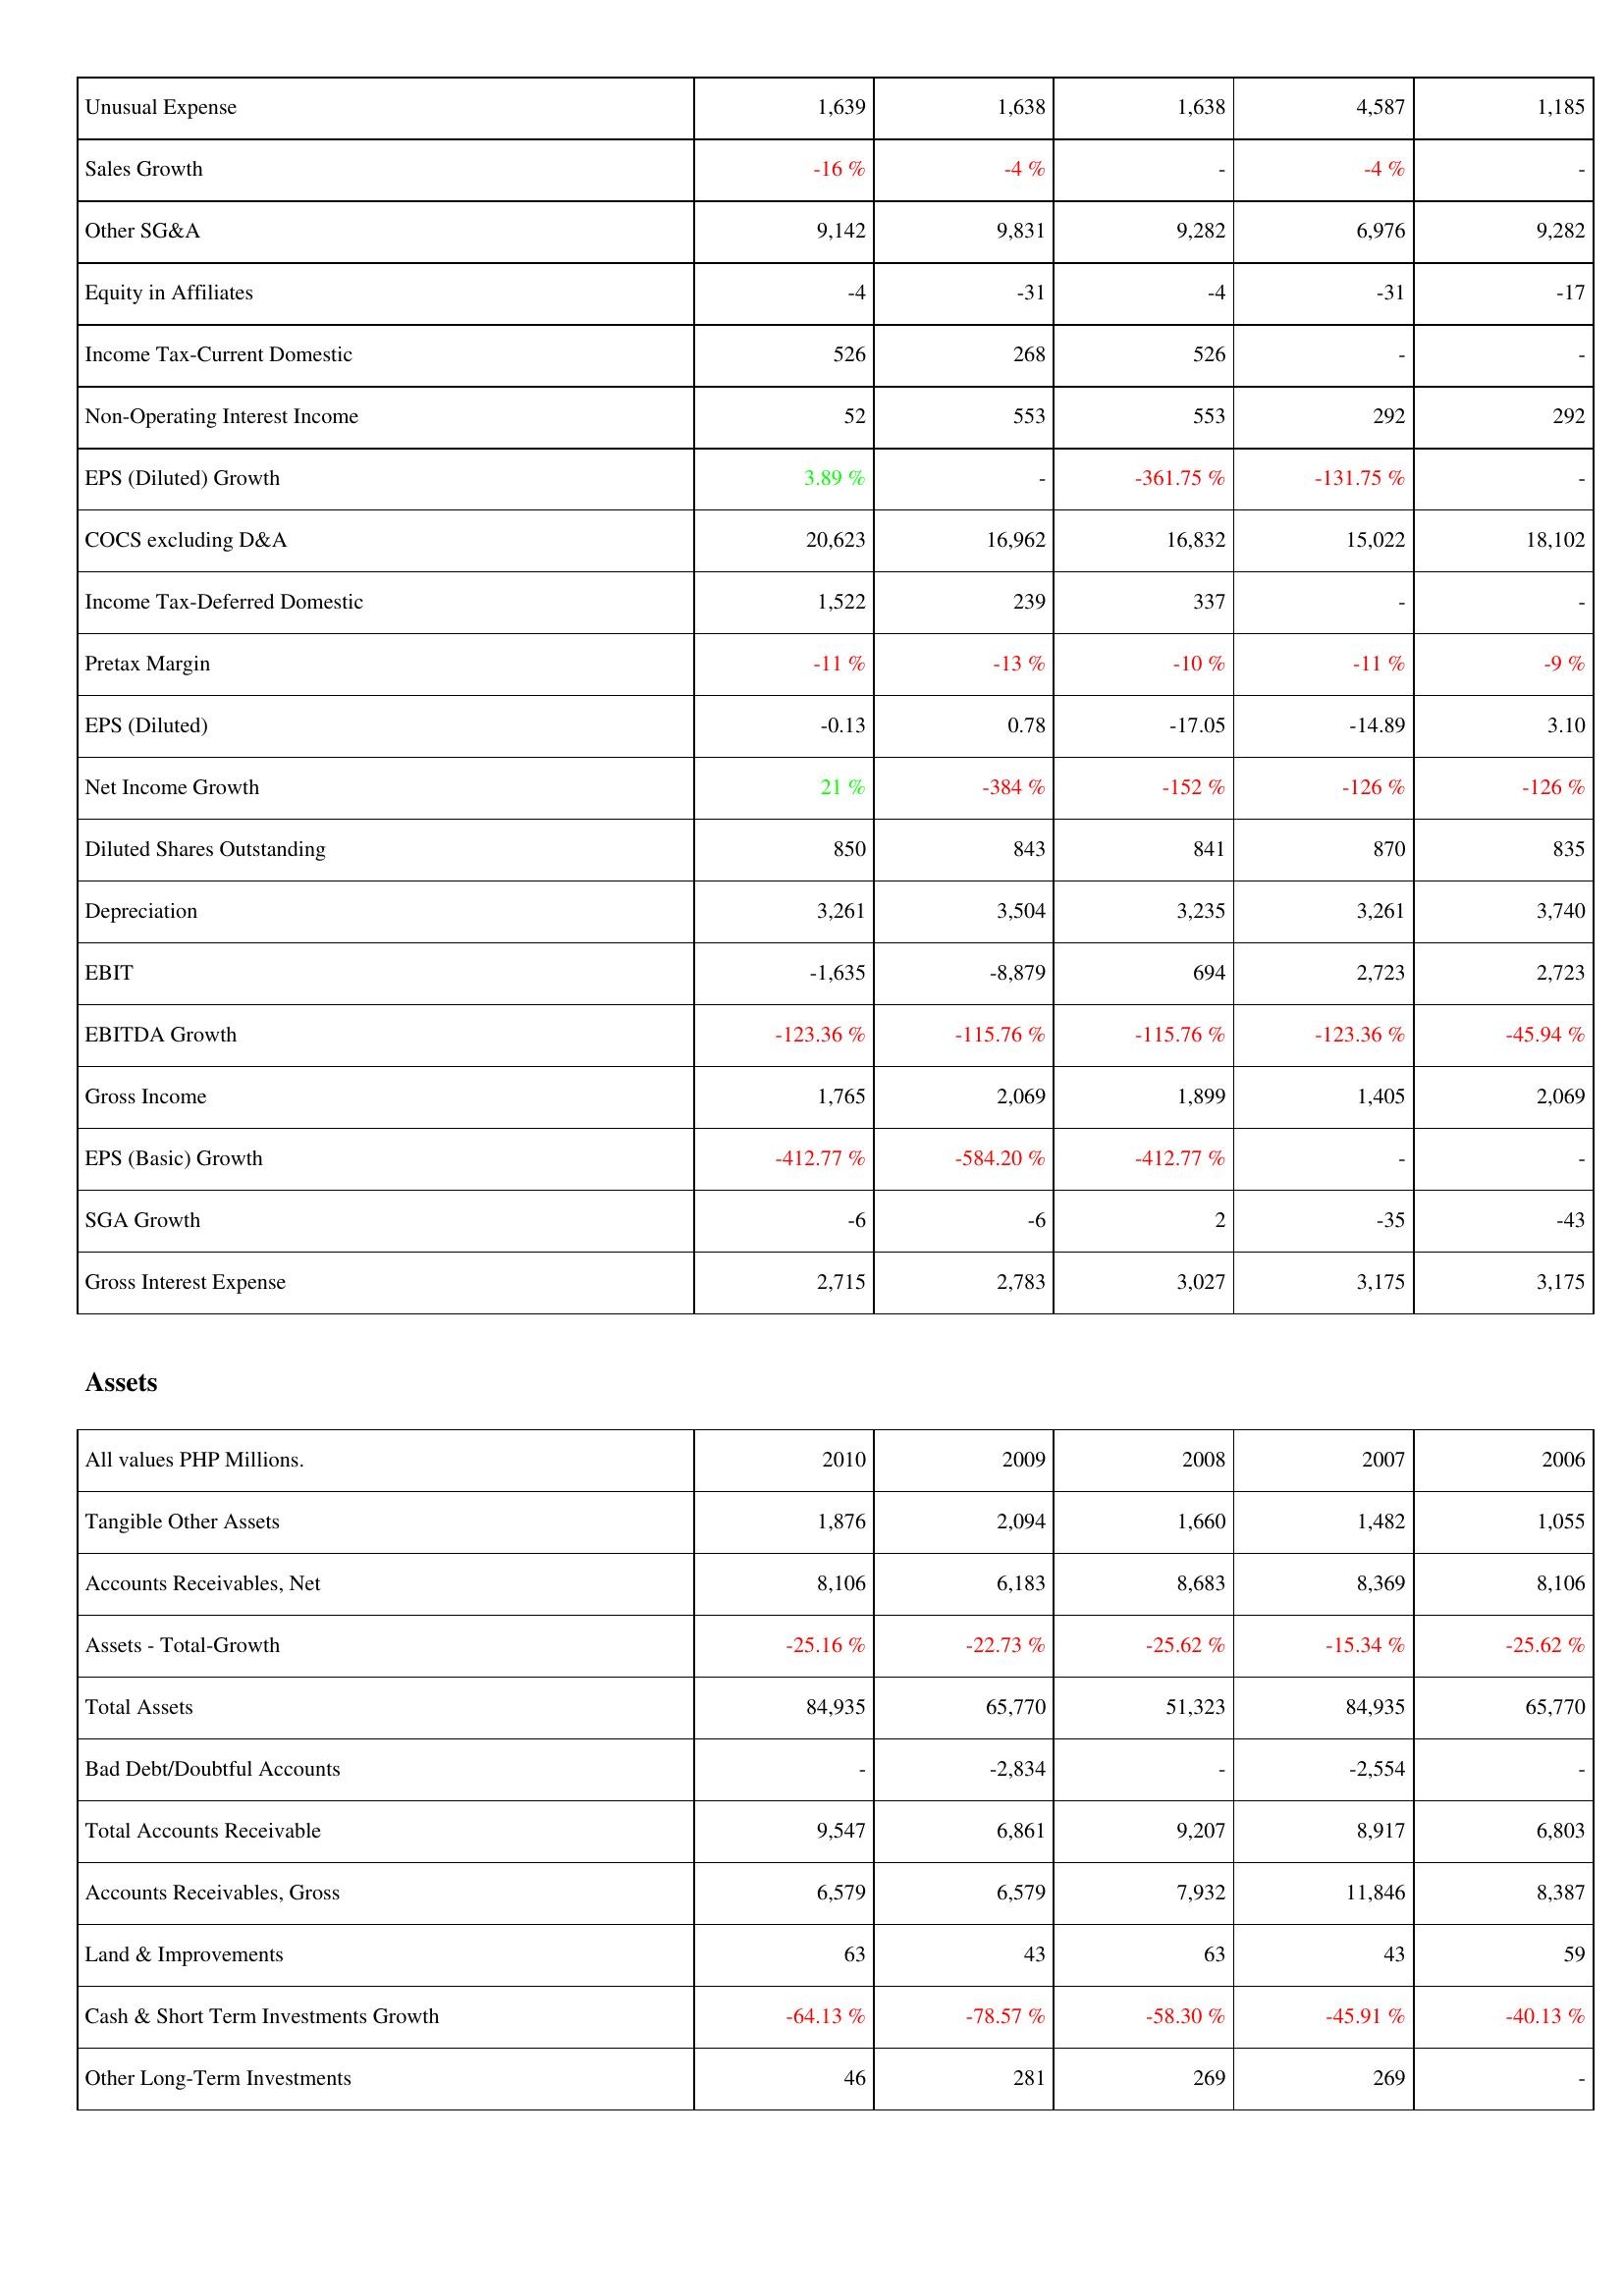
2010: Income Statement: Unusual Expense: 1,639
Sales Growth: -16 %
Other SG&A: 9,142
Equity in Affiliates: -4
Income Tax-Current Domestic: 526
Non-Operating Interest Income: 52
EPS (Diluted) Growth: 3.89 %
COCS excluding D&A: 20,623
Income Tax-Deferred Domestic: 1,522
Pretax Margin: -11 %
EPS (Diluted): -0.13
Net Income Growth: 21 %
Diluted Shares Outstanding: 850
Depreciation: 3,261
EBIT: -1,635
EBITDA Growth: -123.36 %
Gross Income: 1,765
EPS (Basic) Growth: -412.77 %
SGA Growth: -6
Gross Interest Expense: 2,715
Assets: Tangible Other Assets: 1,876
Accounts Receivables, Net: 8,106
Assets - Total-Growth: -25.16 %
Total Assets: 84,935
Bad Debt/Doubtful Accounts: -
Total Accounts Receivable: 9,547
Accounts Receivables, Gross: 6,579
Land & Improvements: 63
Cash & Short Term Investments Growth: -64.13 %
Other Long-Term Investments: 46
2009: Income Statement: Unusual Expense: 1,638
Sales Growth: -4 %
Other SG&A: 9,831
Equity in Affiliates: -31
Income Tax-Current Domestic: 268
Non-Operating Interest Income: 553
EPS (Diluted) Growth: -
COCS excluding D&A: 16,962
Income Tax-Deferred Domestic: 239
Pretax Margin: -13 %
EPS (Diluted): 0.78
Net Income Growth: -384 %
Diluted Shares Outstanding: 843
Depreciation: 3,504
EBIT: -8,879
EBITDA Growth: -115.76 %
Gross Income: 2,069
EPS (Basic) Growth: -584.20 %
SGA Growth: -6
Gross Interest Expense: 2,783
Assets: Tangible Other Assets: 2,094
Accounts Receivables, Net: 6,183
Assets - Total-Growth: -22.73 %
Total Assets: 65,770
Bad Debt/Doubtful Accounts: -2,834
Total Accounts Receivable: 6,861
Accounts Receivables, Gross: 6,579
Land & Improvements: 43
Cash & Short Term Investments Growth: -78.57 %
Other Long-Term Investments: 281
2008: Income Statement: Unusual Expense: 1,638
Sales Growth: -
Other SG&A: 9,282
Equity in Affiliates: -4
Income Tax-Current Domestic: 526
Non-Operating Interest Income: 553
EPS (Diluted) Growth: -361.75 %
COCS excluding D&A: 16,832
Income Tax-Deferred Domestic: 337
Pretax Margin: -10 %
EPS (Diluted): -17.05
Net Income Growth: -152 %
Diluted Shares Outstanding: 841
Depreciation: 3,235
EBIT: 694
EBITDA Growth: -115.76 %
Gross Income: 1,899
EPS (Basic) Growth: -412.77 %
SGA Growth: 2
Gross Interest Expense: 3,027
Assets: Tangible Other Assets: 1,660
Accounts Receivables, Net: 8,683
Assets - Total-Growth: -25.62 %
Total Assets: 51,323
Bad Debt/Doubtful Accounts: -
Total Accounts Receivable: 9,207
Accounts Receivables, Gross: 7,932
Land & Improvements: 63
Cash & Short Term Investments Growth: -58.30 %
Other Long-Term Investments: 269
2007: Income Statement: Unusual Expense: 4,587
Sales Growth: -4 %
Other SG&A: 6,976
Equity in Affiliates: -31
Income Tax-Current Domestic: -
Non-Operating Interest Income: 292
EPS (Diluted) Growth: -131.75 %
COCS excluding D&A: 15,022
Income Tax-Deferred Domestic: -
Pretax Margin: -11 %
EPS (Diluted): -14.89
Net Income Growth: -126 %
Diluted Shares Outstanding: 870
Depreciation: 3,261
EBIT: 2,723
EBITDA Growth: -123.36 %
Gross Income: 1,405
EPS (Basic) Growth: -
SGA Growth: -35
Gross Interest Expense: 3,175
Assets: Tangible Other Assets: 1,482
Accounts Receivables, Net: 8,369
Assets - Total-Growth: -15.34 %
Total Assets: 84,935
Bad Debt/Doubtful Accounts: -2,554
Total Accounts Receivable: 8,917
Accounts Receivables, Gross: 11,846
Land & Improvements: 43
Cash & Short Term Investments Growth: -45.91 %
Other Long-Term Investments: 269
2006: Income Statement: Unusual Expense: 1,185
Sales Growth: -
Other SG&A: 9,282
Equity in Affiliates: -17
Income Tax-Current Domestic: -
Non-Operating Interest Income: 292
EPS (Diluted) Growth: -
COCS excluding D&A: 18,102
Income Tax-Deferred Domestic: -
Pretax Margin: -9 %
EPS (Diluted): 3.10
Net Income Growth: -126 %
Diluted Shares Outstanding: 835
Depreciation: 3,740
EBIT: 2,723
EBITDA Growth: -45.94 %
Gross Income: 2,069
EPS (Basic) Growth: -
SGA Growth: -43
Gross Interest Expense: 3,175
Assets: Tangible Other Assets: 1,055
Accounts Receivables, Net: 8,106
Assets - Total-Growth: -25.62 %
Total Assets: 65,770
Bad Debt/Doubtful Accounts: -
Total Accounts Receivable: 6,803
Accounts Receivables, Gross: 8,387
Land & Improvements: 59
Cash & Short Term Investments Growth: -40.13 %
Other Long-Term Investments: -